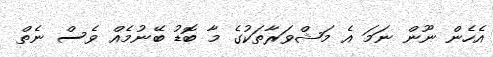
އެހެން ނޫން ނަމަ އެ މަޝްވަރާތަކުގެ މާ ބޮޑު ބޭނުމެއް ވެސް ނެތް